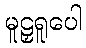
မူဠှရူပေါ